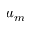
u _ { m }